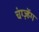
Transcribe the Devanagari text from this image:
चंग्ज़्हेंग